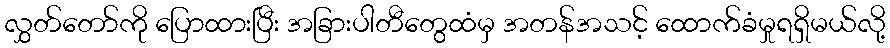
လွှတ်တော်ကို ပြောထားပြီး အခြားပါတီတွေထံမှ အတန်အသင့် ထောက်ခံမှုရရှိမယ်လို့